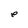
Character: e